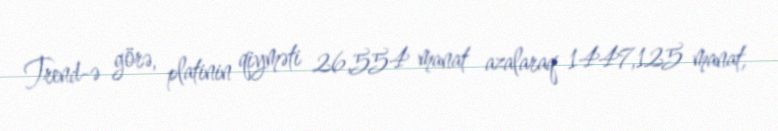
Trend-ə görə, platinin qiyməti 26,554 manat azalaraq 1447,125 manat,